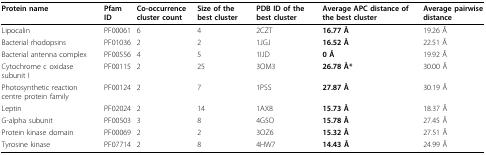
<table><thead><tr><td><b>Protein name</b></td><td><b>Pfam ID</b></td><td><b>Co-occurrence cluster count</b></td><td><b>Size of the best cluster</b></td><td><b>PDB ID of the best cluster</b></td><td><b>Average APC distance of the best cluster</b></td><td><b>Average pairwise distance</b></td></tr></thead><tbody><tr><td>Lipocalin</td><td>PF00061</td><td>6</td><td>4</td><td>2CZT</td><td><b>16.77 Å</b></td><td>19.26 Å</td></tr><tr><td>Bacterial rhodopsins</td><td>PF01036</td><td>2</td><td>2</td><td>1JGJ</td><td><b>16.52 Å</b></td><td>22.51 Å</td></tr><tr><td>Bacterial antenna complex</td><td>PF00556</td><td>4</td><td>5</td><td>1IJD</td><td><b>0 Å</b></td><td>19.92 Å</td></tr><tr><td>Cytochrome c oxidase subunit I</td><td>PF00115</td><td>2</td><td>25</td><td>3OM3</td><td><b>26.78 Å*</b></td><td>30.00 Å</td></tr><tr><td>Photosynthetic reaction centre protein family</td><td>PF00124</td><td>2</td><td>7</td><td>1PSS</td><td><b>27.87 Å</b></td><td>30.19 Å</td></tr><tr><td>Leptin</td><td>PF02024</td><td>2</td><td>14</td><td>1AX8</td><td><b>15.73 Å</b></td><td>18.37 Å</td></tr><tr><td>G-alpha subunit</td><td>PF00503</td><td>3</td><td>8</td><td>4G5O</td><td><b>15.78 Å</b></td><td>27.45 Å</td></tr><tr><td>Protein kinase domain</td><td>PF00069</td><td>2</td><td>2</td><td>3OZ6</td><td><b>15.32 Å</b></td><td>27.51 Å</td></tr><tr><td>Tyrosine kinase</td><td>PF07714</td><td>2</td><td>8</td><td>4HW7</td><td><b>14.43 Å</b></td><td>24.99 Å</td></tr></tbody></table>